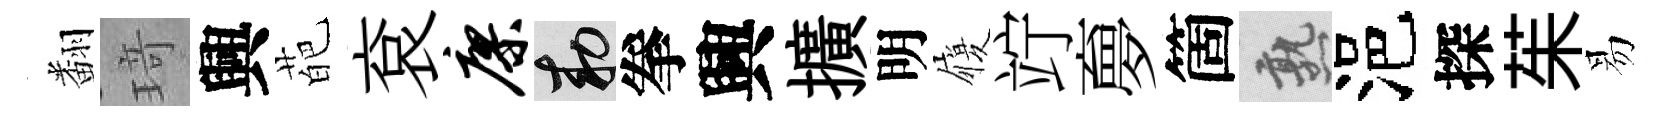
翻𤦺興葩袞廖敕拳興擴明履竚夣箇熟浥探茱易